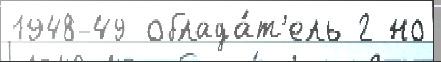
1948-49 облада́т'ель 2 но